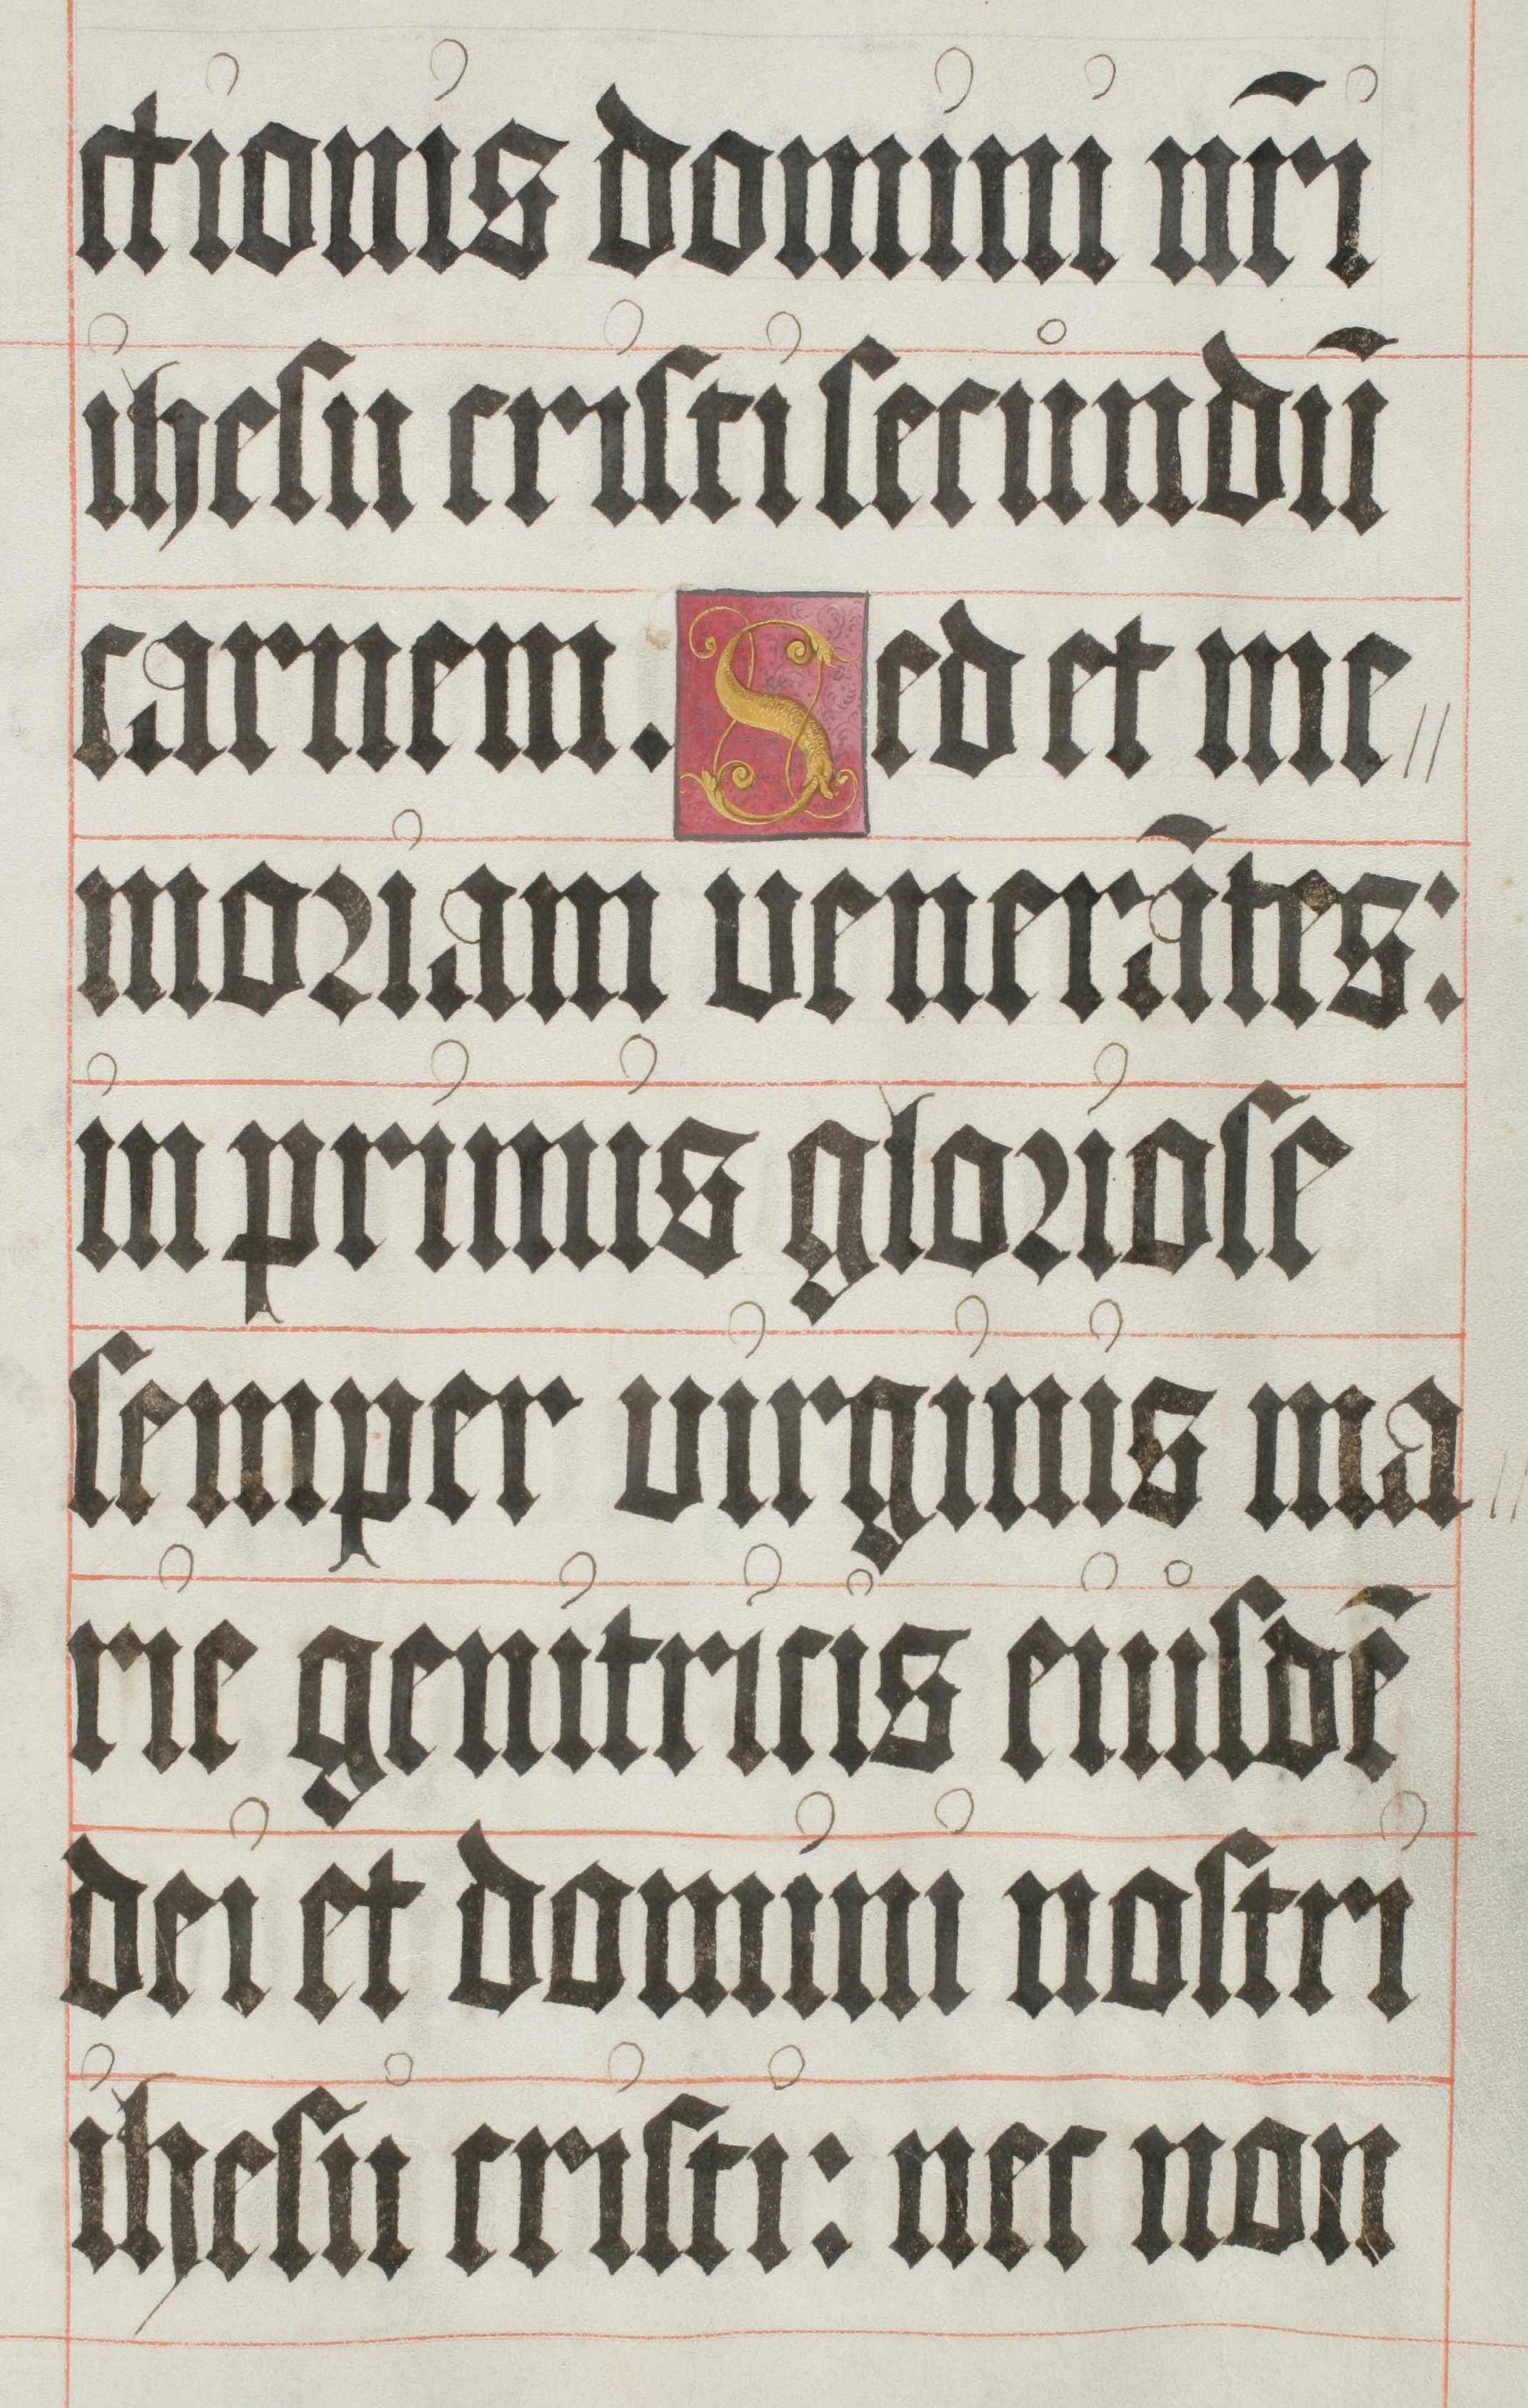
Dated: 1500–1599